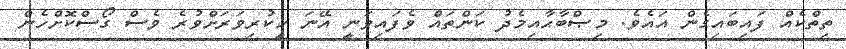
ތިތްކެއް ފައިބައިގެން އައެވެ. މިޞްބާޙާއިމެދު ކަންތައް ވެފައިވަނީ އޭނަ ހީކުރިވަރަށްވުރެ ވެސް ގޯސްކޮށްހެން